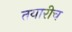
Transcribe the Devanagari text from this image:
तयारीच